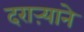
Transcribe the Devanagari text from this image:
दराऱ्याने